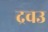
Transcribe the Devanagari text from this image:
द्रवउ